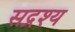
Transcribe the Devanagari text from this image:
सद्रश्य